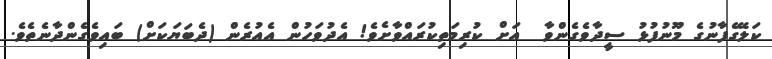
ކަލޭގެފާނުގެ މޫނުފުޅު ސީދާވެގެންވާ  އަށް ކުރިމަތިކުރައްވާށެވެ! އެދުވަހުން އެއުރެން (ދެބަޔަކަށް) ބައިވެގެންދާނެތެވެ.